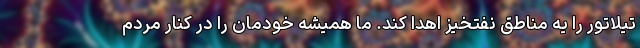
تیلاتور را یه مناطق نفتخیز اهدا کند. ما همیشه خودمان را در کنار مردم